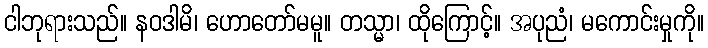
ငါဘုရားသည်။ နဝဒါမိ၊ ဟောတော်မမူ။ တသ္မာ၊ ထိုကြောင့်။ အပုညံ၊ မကောင်းမှုကို။